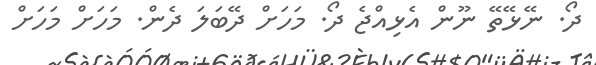
ދޯ. ނޭޅޭތޭ ނޫން އެޅިއްޖެ ދޯ. މަހަށް ދޭބަލަ ދެން. މަހަށް މަހަށް